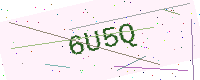
Text: 6U5Q